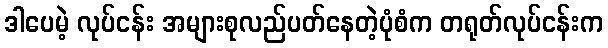
ဒါပေမဲ့ လုပ်ငန်း အများစုလည်ပတ်နေတဲ့ပုံစံက တရုတ်လုပ်ငန်းက